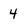
Character: 4